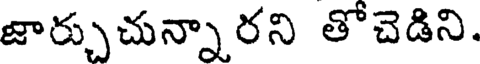
జార్చుచున్నారని తోచెడిని.